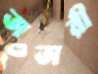
তাতারী